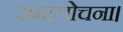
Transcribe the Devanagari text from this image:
समालोचना।